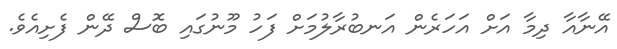
އޭނާއާ ދިމާ އަށް އަހަރެން އަނބުރާލުމަށް ފަހު މޫނުގައި ބޮސް ދޭން ފެށިއެވެ.